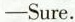
—Sure.